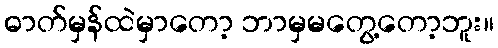
ဓာတ်မှန်ထဲမှာတော့ ဘာမှမတွေ့တော့ဘူး။